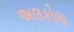
અલકોલા